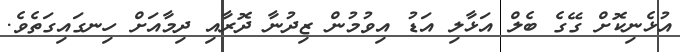
އުޅެނިކޮށް ގޭގެ ބެލް އަޅާލި އަޑު އިވުމުން ޒިދުނާ ދޮރާއި ދިމާއަށް ހިނގައިގަތެވެ.